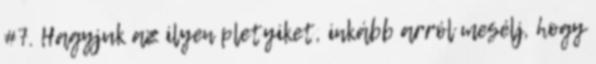
#7. Hagyjuk az ilyen pletyiket, inkább arról mesélj, hogy